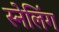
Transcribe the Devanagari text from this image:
स्नेलिंग